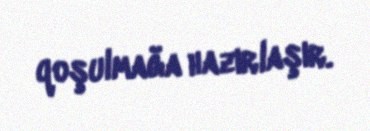
qoşulmağa hazırlaşır.